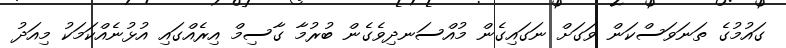
ގައުމުގެ ތަނަވަސްކަން ވަގަށް ނަގައިގެން މުއްސަނދިވެގެން ބުރުމާ ގާސިމް އިރެއްގައި އުޅުނެއްކަމަކު މިއަދު